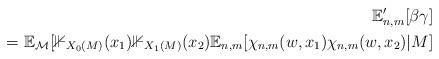
LaTeX: \begin{align*}\mathbb{E}_{n,m}'[\beta \gamma]\\= \mathbb{E}_{\mathcal{M}} [\mathbb{1}_{X_0(M)}(x_1) \mathbb{1}_{X_1(M)}(x_2) \mathbb{E}_{n,m}[\chi_{n,m}(w,x_1) \chi_{n,m} (w, x_2) | M ]\end{align*}